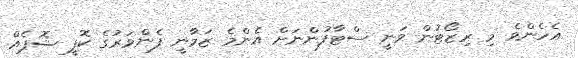
އެހެންވެ މި ރިޒޯޓުން ވަނީ ސްޓާފުންނަށް އެންމެ ޒަމާނީ ފެންވަރުގެ ކޮފީ ޝޮޕެއް